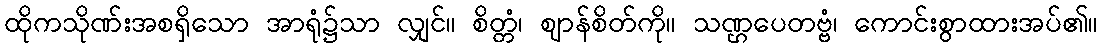
ထိုကသိုဏ်းအစရှိသော အာရုံ၌သာ လျှင်။ စိတ္တံ၊ ဈာန်စိတ်ကို။ သဏ္ဌပေတဗ္ဗံ၊ ကောင်းစွာထားအပ်၏။